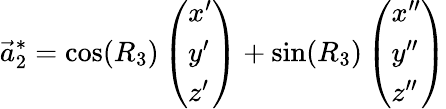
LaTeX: \vec{a}_{2}^{*}=\cos(R_{3})\left(\begin{array}{l}{x^{\prime}}\\ {y^{\prime}}\\ {z^{\prime}}\end{array}\right)+\sin(R_{3})\left(\begin{array}{l}{x^{\prime\prime}}\\ {y^{\prime\prime}}\\ {z^{\prime\prime}}\end{array}\right)